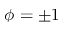
\phi = \pm 1